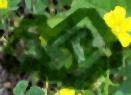
পুত্রে